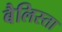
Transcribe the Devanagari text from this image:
बैलिस्ता